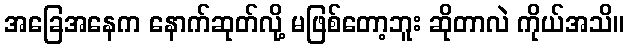
အခြေအနေက နောက်ဆုတ်လို့ မဖြစ်တော့ဘူး ဆိုတာလဲ ကိုယ်အသိ။